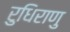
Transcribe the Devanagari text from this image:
रुधिराणु